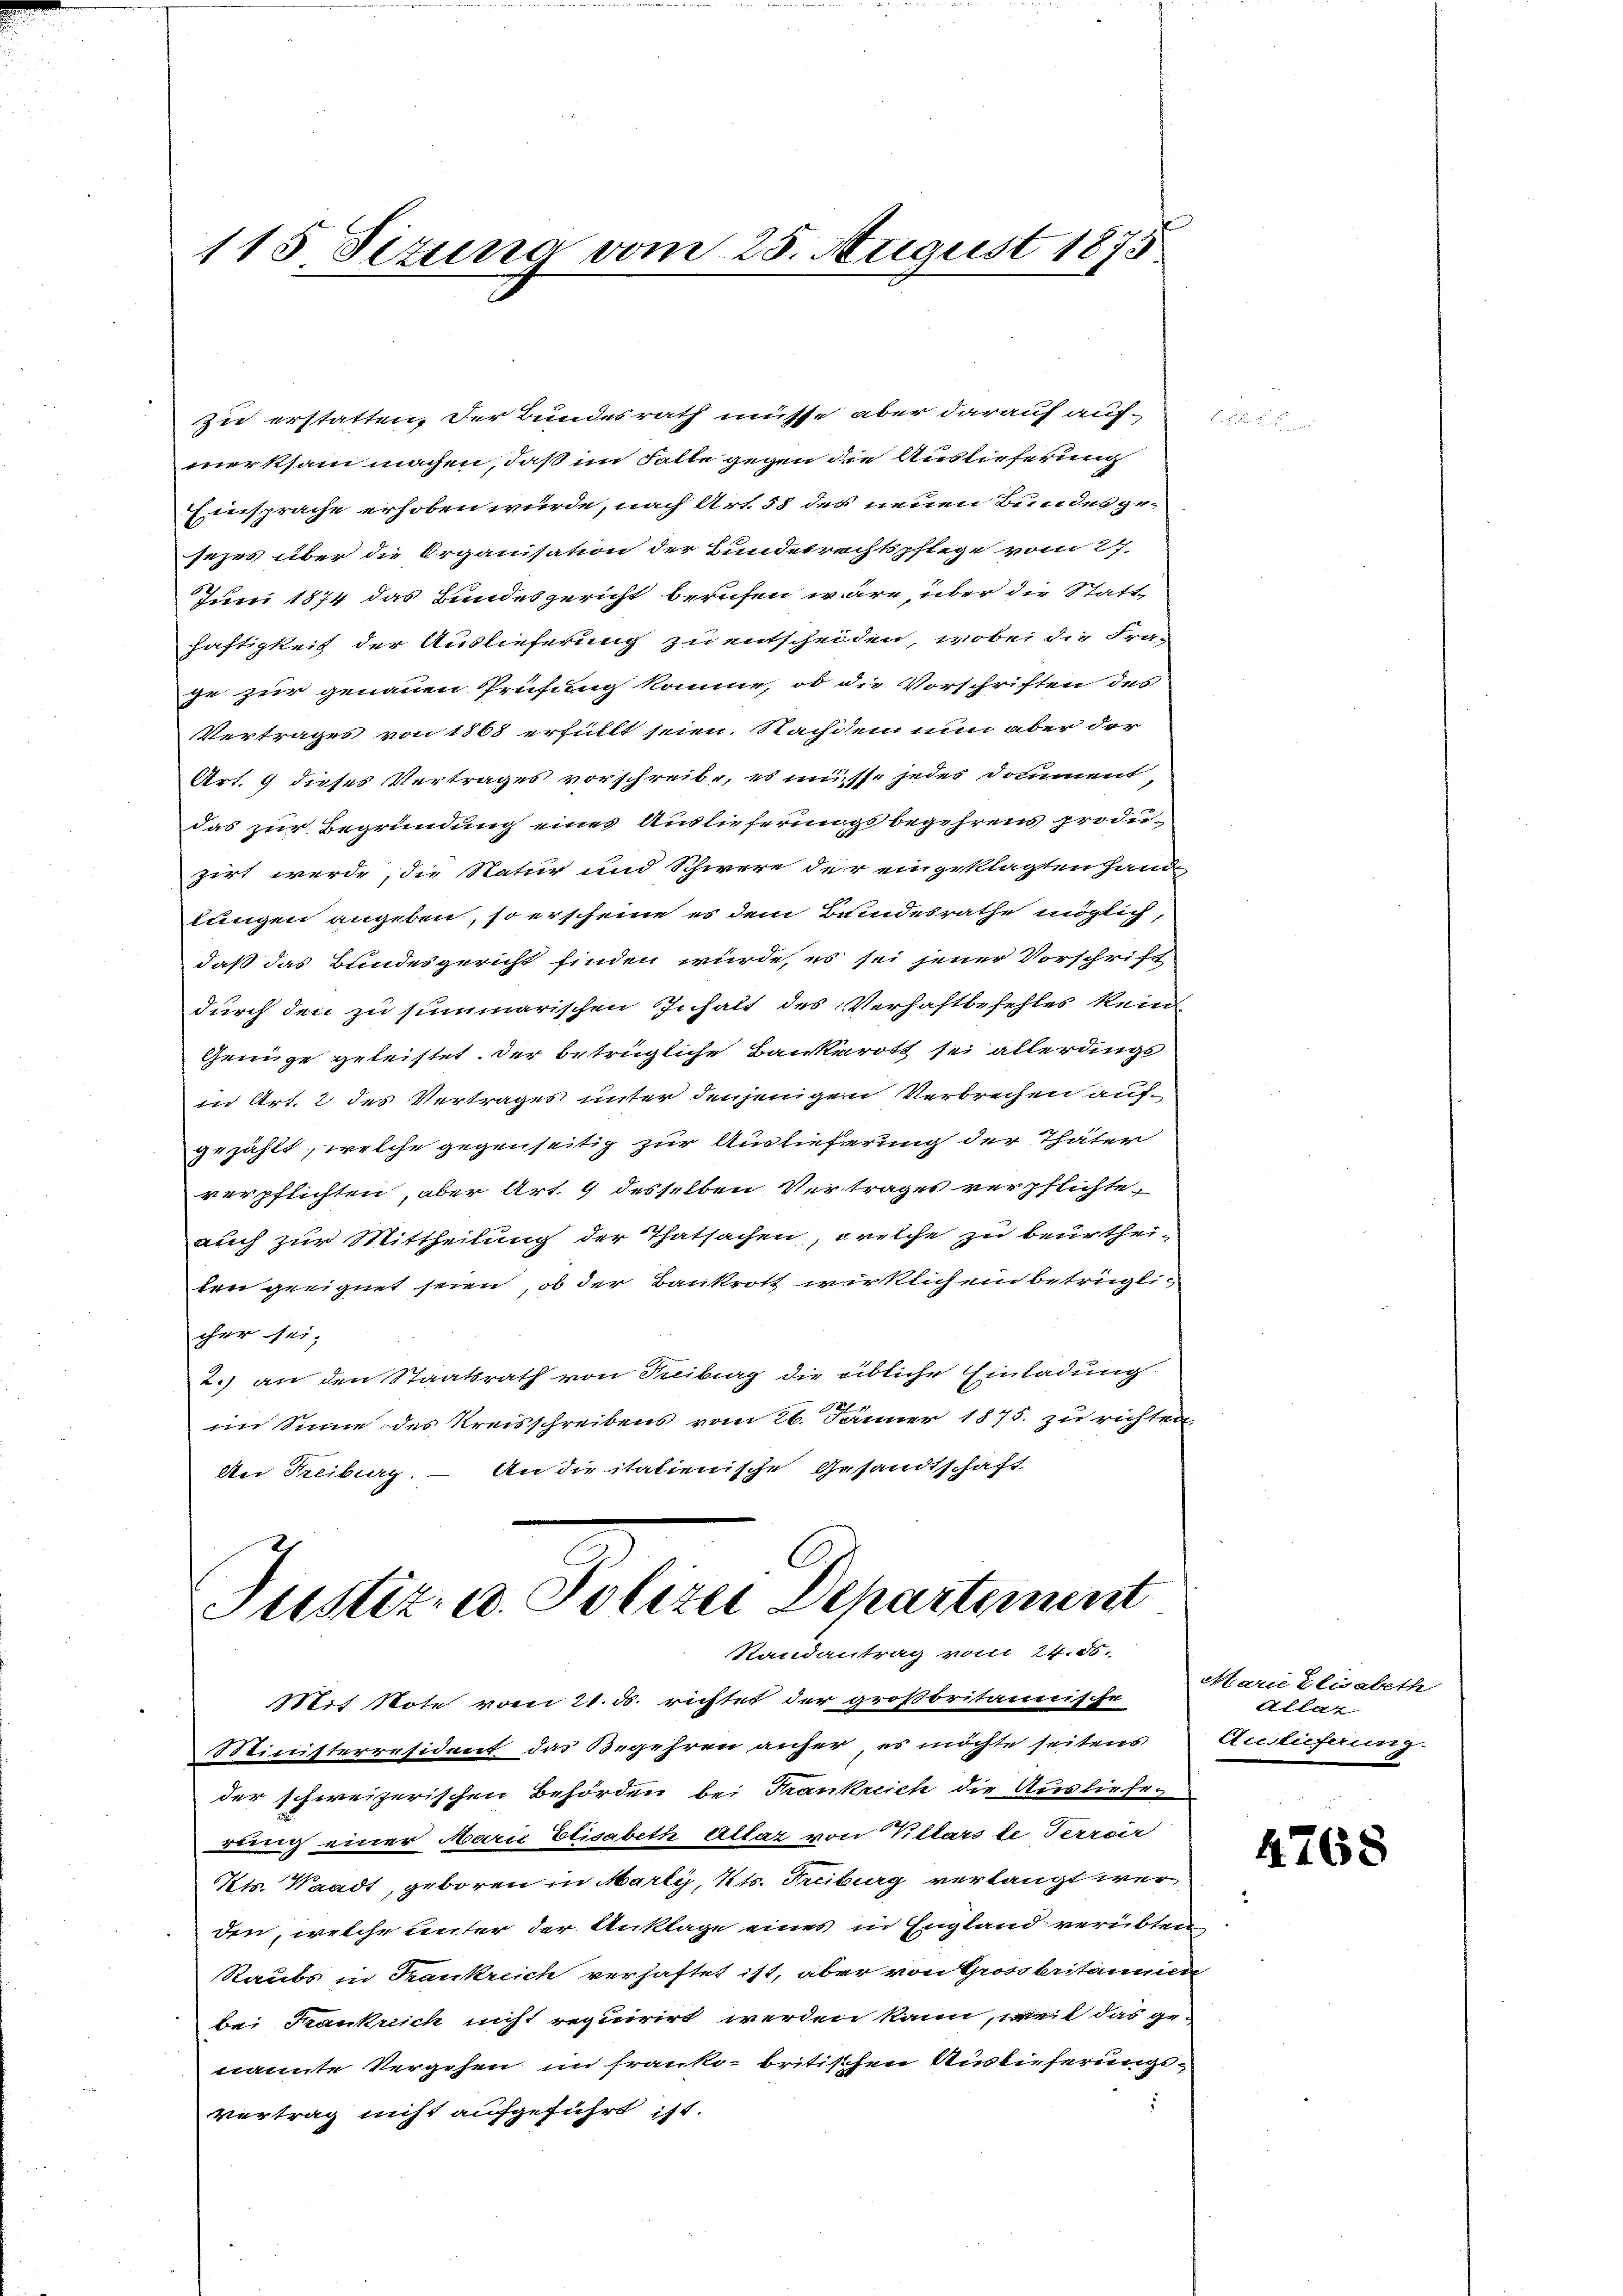
115. Sizung vom 25. August 1875

zu erstatten, der Bundesrath müsse aber darauf aufmerksam machen, daß im Falle gegen die Auslieferung
Einsprache erhoben würde, nach Art. 58 des neuen Bundesgesezes über die Organisation der Bundesrechtspflege vom 27.
Juni 1874 das Bundesgericht berufen wäre, über die Statt-
haftigkeit der Auslieferung zu entscheiden, wobei die Fra-
ge zur genauen Prüfung komme, ob die Vorschriften des
Vertrages von 1868 erfüllt seien. Nachdem nun aber der
Art. 9 dieses Vertrages vorschreibe, es müsse jedes Doment,
das zur Begründung eines Auslieferungsbegehrens produzirt werde, die Natur und Schwere der eingeklagten Hand-
lungen angeben, so erscheine es dem Bundesrathe möglich,
daß das Bundesgericht finden würde, es sei jener Vorschrift
durch den zu summarischen Inhalt des Verhaftbefehles kein
Genüge geleistet. Der betrügliche Bankerott sei allerdings
in Art. 2 des Vertrages unter denjenigen Verbrechen aufgezählt, welche gegenseitig zur Auslieferung der Thäter
verpflichten, aber Art. 9 desselben Vertrages verpflichte-
auch zur Mittheilung der Thatsachen, welche zu beurtheiten geeignet seien, ob der Bankrott wirklich ein betrüglicher sei,
2.) an den Staatsrath von Fribourg die eibliche Einladung
im Sinne des Kreisschreibens vom 26. Jänner 1875. zu richten
Nei Freiburg. – An die italienische Gesandtschaft
Justiz- u. Polizei Departement

Randantrag vom 24. 58.

Mit Note vom 21. d. richtet der großbritannische
Ministerresident das Begehren anher es möchte seitens Auslieferung.
der schweizerischen Behörden bei Frankreich die Auslieferung einer Marie Elisabeth allar von Villars de Terroir
Kts. Waadt, geboren in Marti, Kts. Treiburg verlangt werden, welche unter der Anklage eines in England verübten
Raubs in Krankreich verhaftet ist, aber von Grossbritannien
bei Frankreich nicht requirirt werden kann, weil das ge-
nannte Vergehen im franke-britischen Auslieferungsvertrag nicht aufgeführt ist.

Marie Elisabeth
Allar

4768